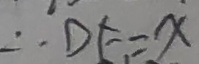
\therefore D E = x